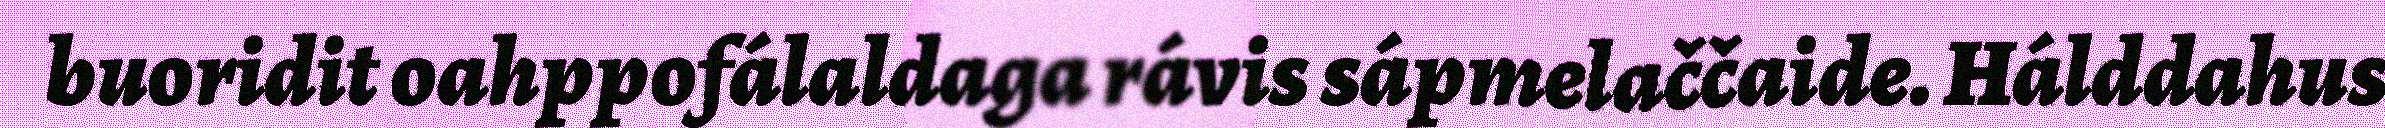
buoridit oahppofálaldaga rávis sápmelaččaide. Hálddahus